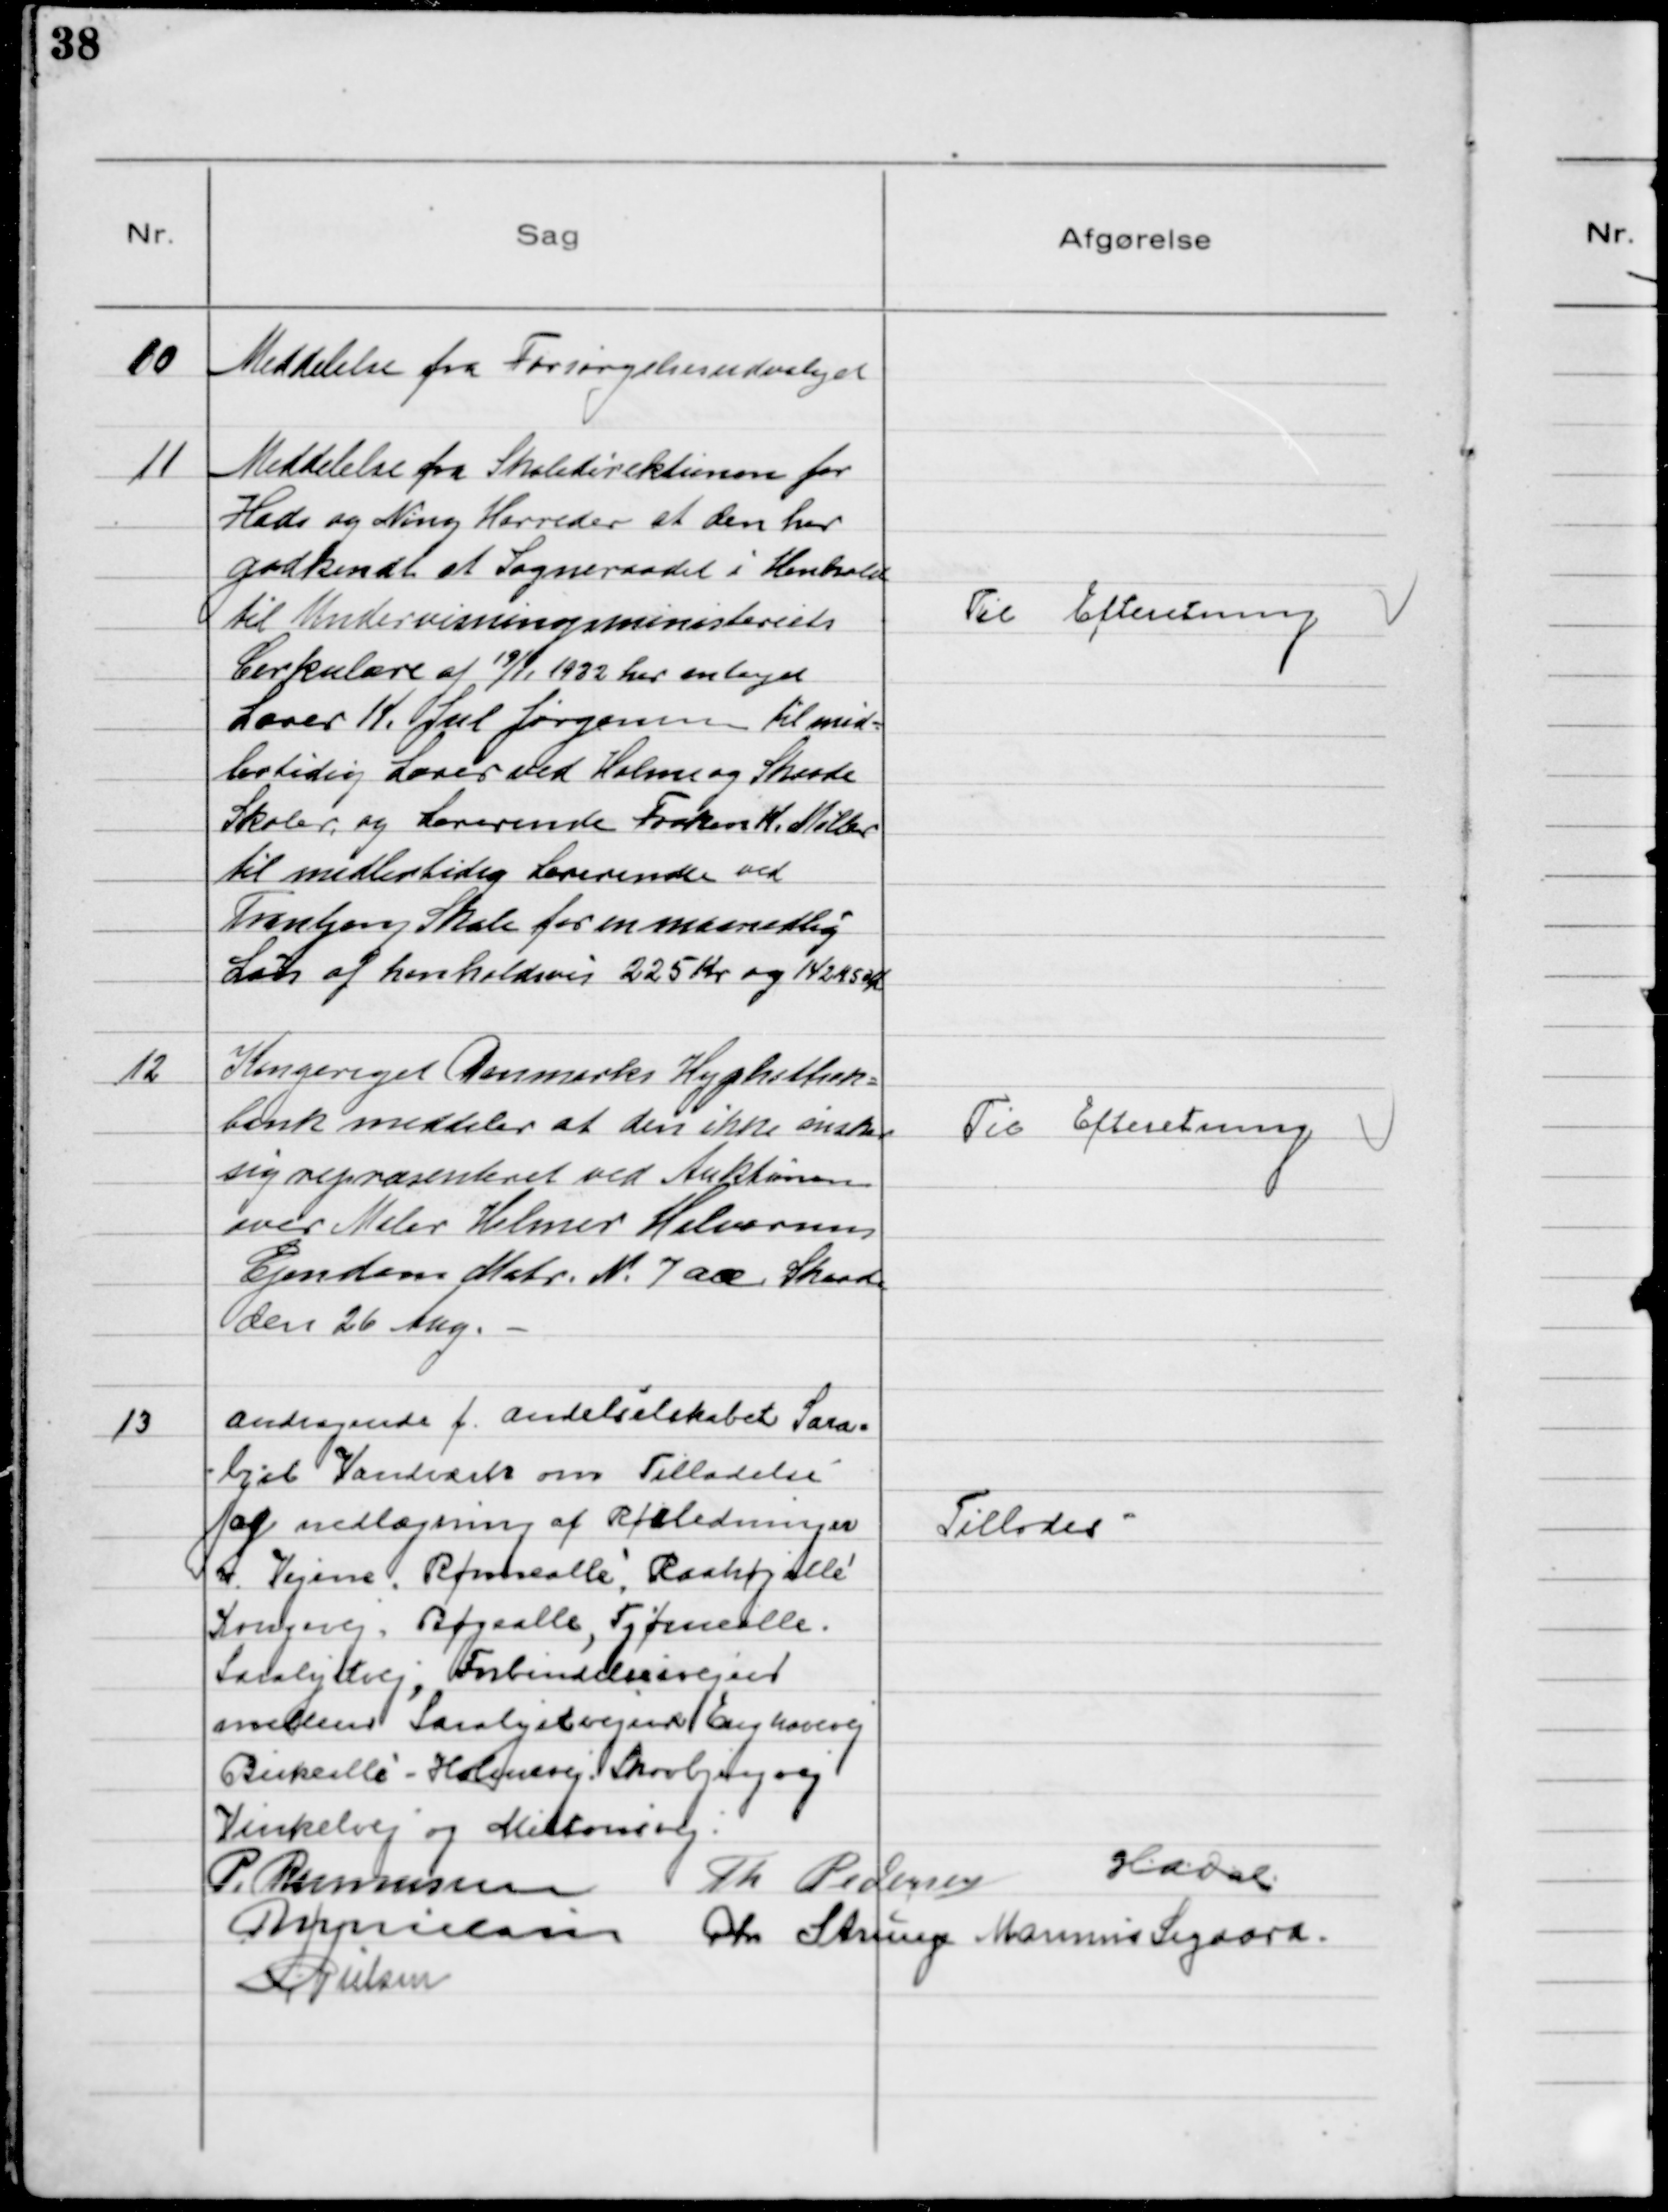
Transskription:
10
Meddelelse fra Forsørgelsesudvalget

11
Meddelelse fra Skoledirektionen for
Hads og Ning Herreder at den har
godkendt at Sogneraadet i Henhold
til Undervisningsministeriets
Cirkulære af 19/11 1932 har antaget
Lærer K. Jul Jørgensen til mid-
lertidig Lærer ved Holme og Skaade
Skoler, og Lærerinde Frøken K. Møller
til midlertidig Lærerinde ved
Tranbjerg Skole for en maanedlig
Løn af henholdsvis 225 Kr og 142 Kr 50 Øre

Til Efteretning

12
Kongeriget Danmarks Hyphothek-
bank meddeler at den ikke ønsker
sig repræsenterer ved Auktionen
over Maler Helmer Halvorsens
Ejendom Matr. №7 ab, Skaade
den 26. Aug.

Til Efteretning

13
Andragende f. Andelsselskabet Sara-
lyst Vandværk om Tilladelse
af nedlægning af Rørledninger
v. Vejene Rønnealle, Raahøjalle
Kongevej, Bøgealle, Tjørnealle,
Saralystvej, Forbindelsesvejen
mellem Saralystvejen/Enghavevej
Birkealle - Holmevej, Skovbjergvej
Vinkelvej og Miltonsvej

Tillodes

P. Rasmussen Th Pedersen HADal
MNielsen Chr Strunge Marinus Sigaard
NNielsen